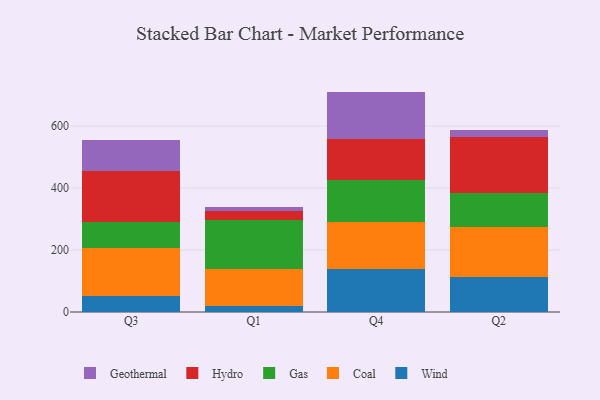
{"axis": {"x": "Quarter", "y": "Latency (ms)"}, "legend": ["Coal", "Gas", "Geothermal", "Hydro", "Wind"], "data": [{"x": "Q3", "y": 52.6, "type": "Wind"}, {"x": "Q3", "y": 152.8, "type": "Coal"}, {"x": "Q3", "y": 84.8, "type": "Gas"}, {"x": "Q3", "y": 165.7, "type": "Hydro"}, {"x": "Q3", "y": 100.0, "type": "Geothermal"}, {"x": "Q1", "y": 19.2, "type": "Wind"}, {"x": "Q1", "y": 121.1, "type": "Coal"}, {"x": "Q1", "y": 157.3, "type": "Gas"}, {"x": "Q1", "y": 28.8, "type": "Hydro"}, {"x": "Q1", "y": 11.8, "type": "Geothermal"}, {"x": "Q4", "y": 139.3, "type": "Wind"}, {"x": "Q4", "y": 150.2, "type": "Coal"}, {"x": "Q4", "y": 135.9, "type": "Gas"}, {"x": "Q4", "y": 133.1, "type": "Hydro"}, {"x": "Q4", "y": 152.5, "type": "Geothermal"}, {"x": "Q2", "y": 113.4, "type": "Wind"}, {"x": "Q2", "y": 161.4, "type": "Coal"}, {"x": "Q2", "y": 110.7, "type": "Gas"}, {"x": "Q2", "y": 178.5, "type": "Hydro"}, {"x": "Q2", "y": 22.8, "type": "Geothermal"}]}